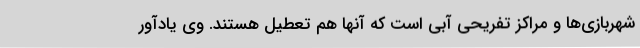
شهربازی‌ها و مراکز تفریحی آبی است که آنها هم تعطیل هستند. وی یادآور